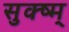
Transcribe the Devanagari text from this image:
सुक्ष्म्